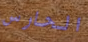
الحارس